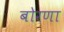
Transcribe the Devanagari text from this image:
बोरणा